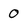
Character: 0